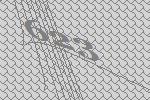
623